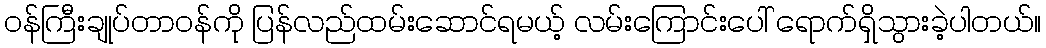
ဝန်ကြီးချုပ်တာဝန်ကို ပြန်လည်ထမ်းဆောင်ရမယ့် လမ်းကြောင်းပေါ် ရောက်ရှိသွားခဲ့ပါတယ်။